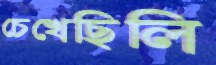
চেখেছিলি